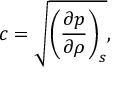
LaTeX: c = { \sqrt { \left( { \frac { \partial p } { \partial \rho } } \right) _ { s } } } ,